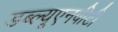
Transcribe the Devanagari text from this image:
डब्ल्यूएनवीटी